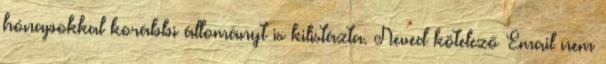
hónapokkal korábbi állományt is kilistázta. Neved kötelező Email nem